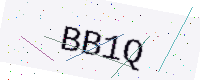
Text: BB1Q